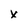
Character: X